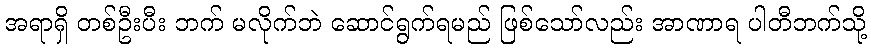
အရာရှိ တစ်ဦးပီး ဘက် မလိုက်ဘဲ ဆောင်ရွက်ရမည် ဖြစ်သော်လည်း အာဏာရ ပါတီဘက်သို့